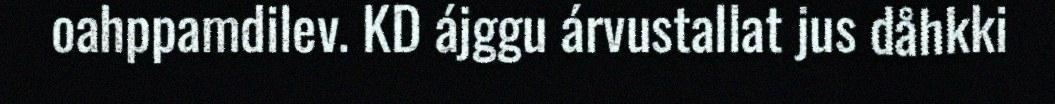
oahppamdilev. KD ájggu árvustallat jus dåhkki